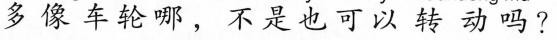
多像车轮哪，不是也可以转动吗？